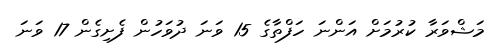
މަޝްވަރާ ކުރުމަށް އަންނަ ހަފްތާގެ 15 ވަނަ ދުވަހުން ފެށިގެން 17 ވަނަ